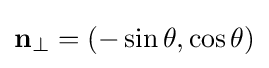
\mathbf {n} _{\perp }=(-\sin \theta ,\cos \theta )